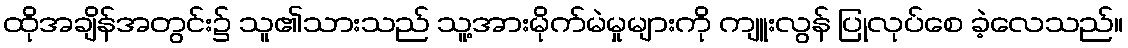
ထိုအချိန်အတွင်း၌ သူ၏သားသည် သူ့အားမိုက်မဲမှုများကို ကျူးလွန် ပြုလုပ်စေ ခဲ့လေသည်။